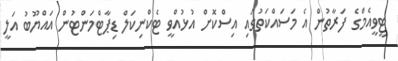
ޓީވީއެމްގެ ފަރާތުން އެ މަސައްކަތުގައި އިސްކޮށް އުޅުއްވީ ޓެކްނިކަލް ޑިޕާޓްމަންޓުން އައްޔޫބު އަލީ